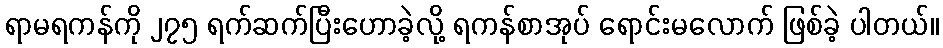
ရာမရကန်ကို ၂၇၅ ရက်ဆက်ပြီးဟောခဲ့လို့ ရကန်စာအုပ် ရောင်းမလောက် ဖြစ်ခဲ့ ပါတယ်။